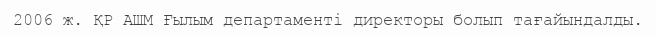
2006 ж. ҚР АШМ Ғылым департаменті директоры болып тағайындалды.